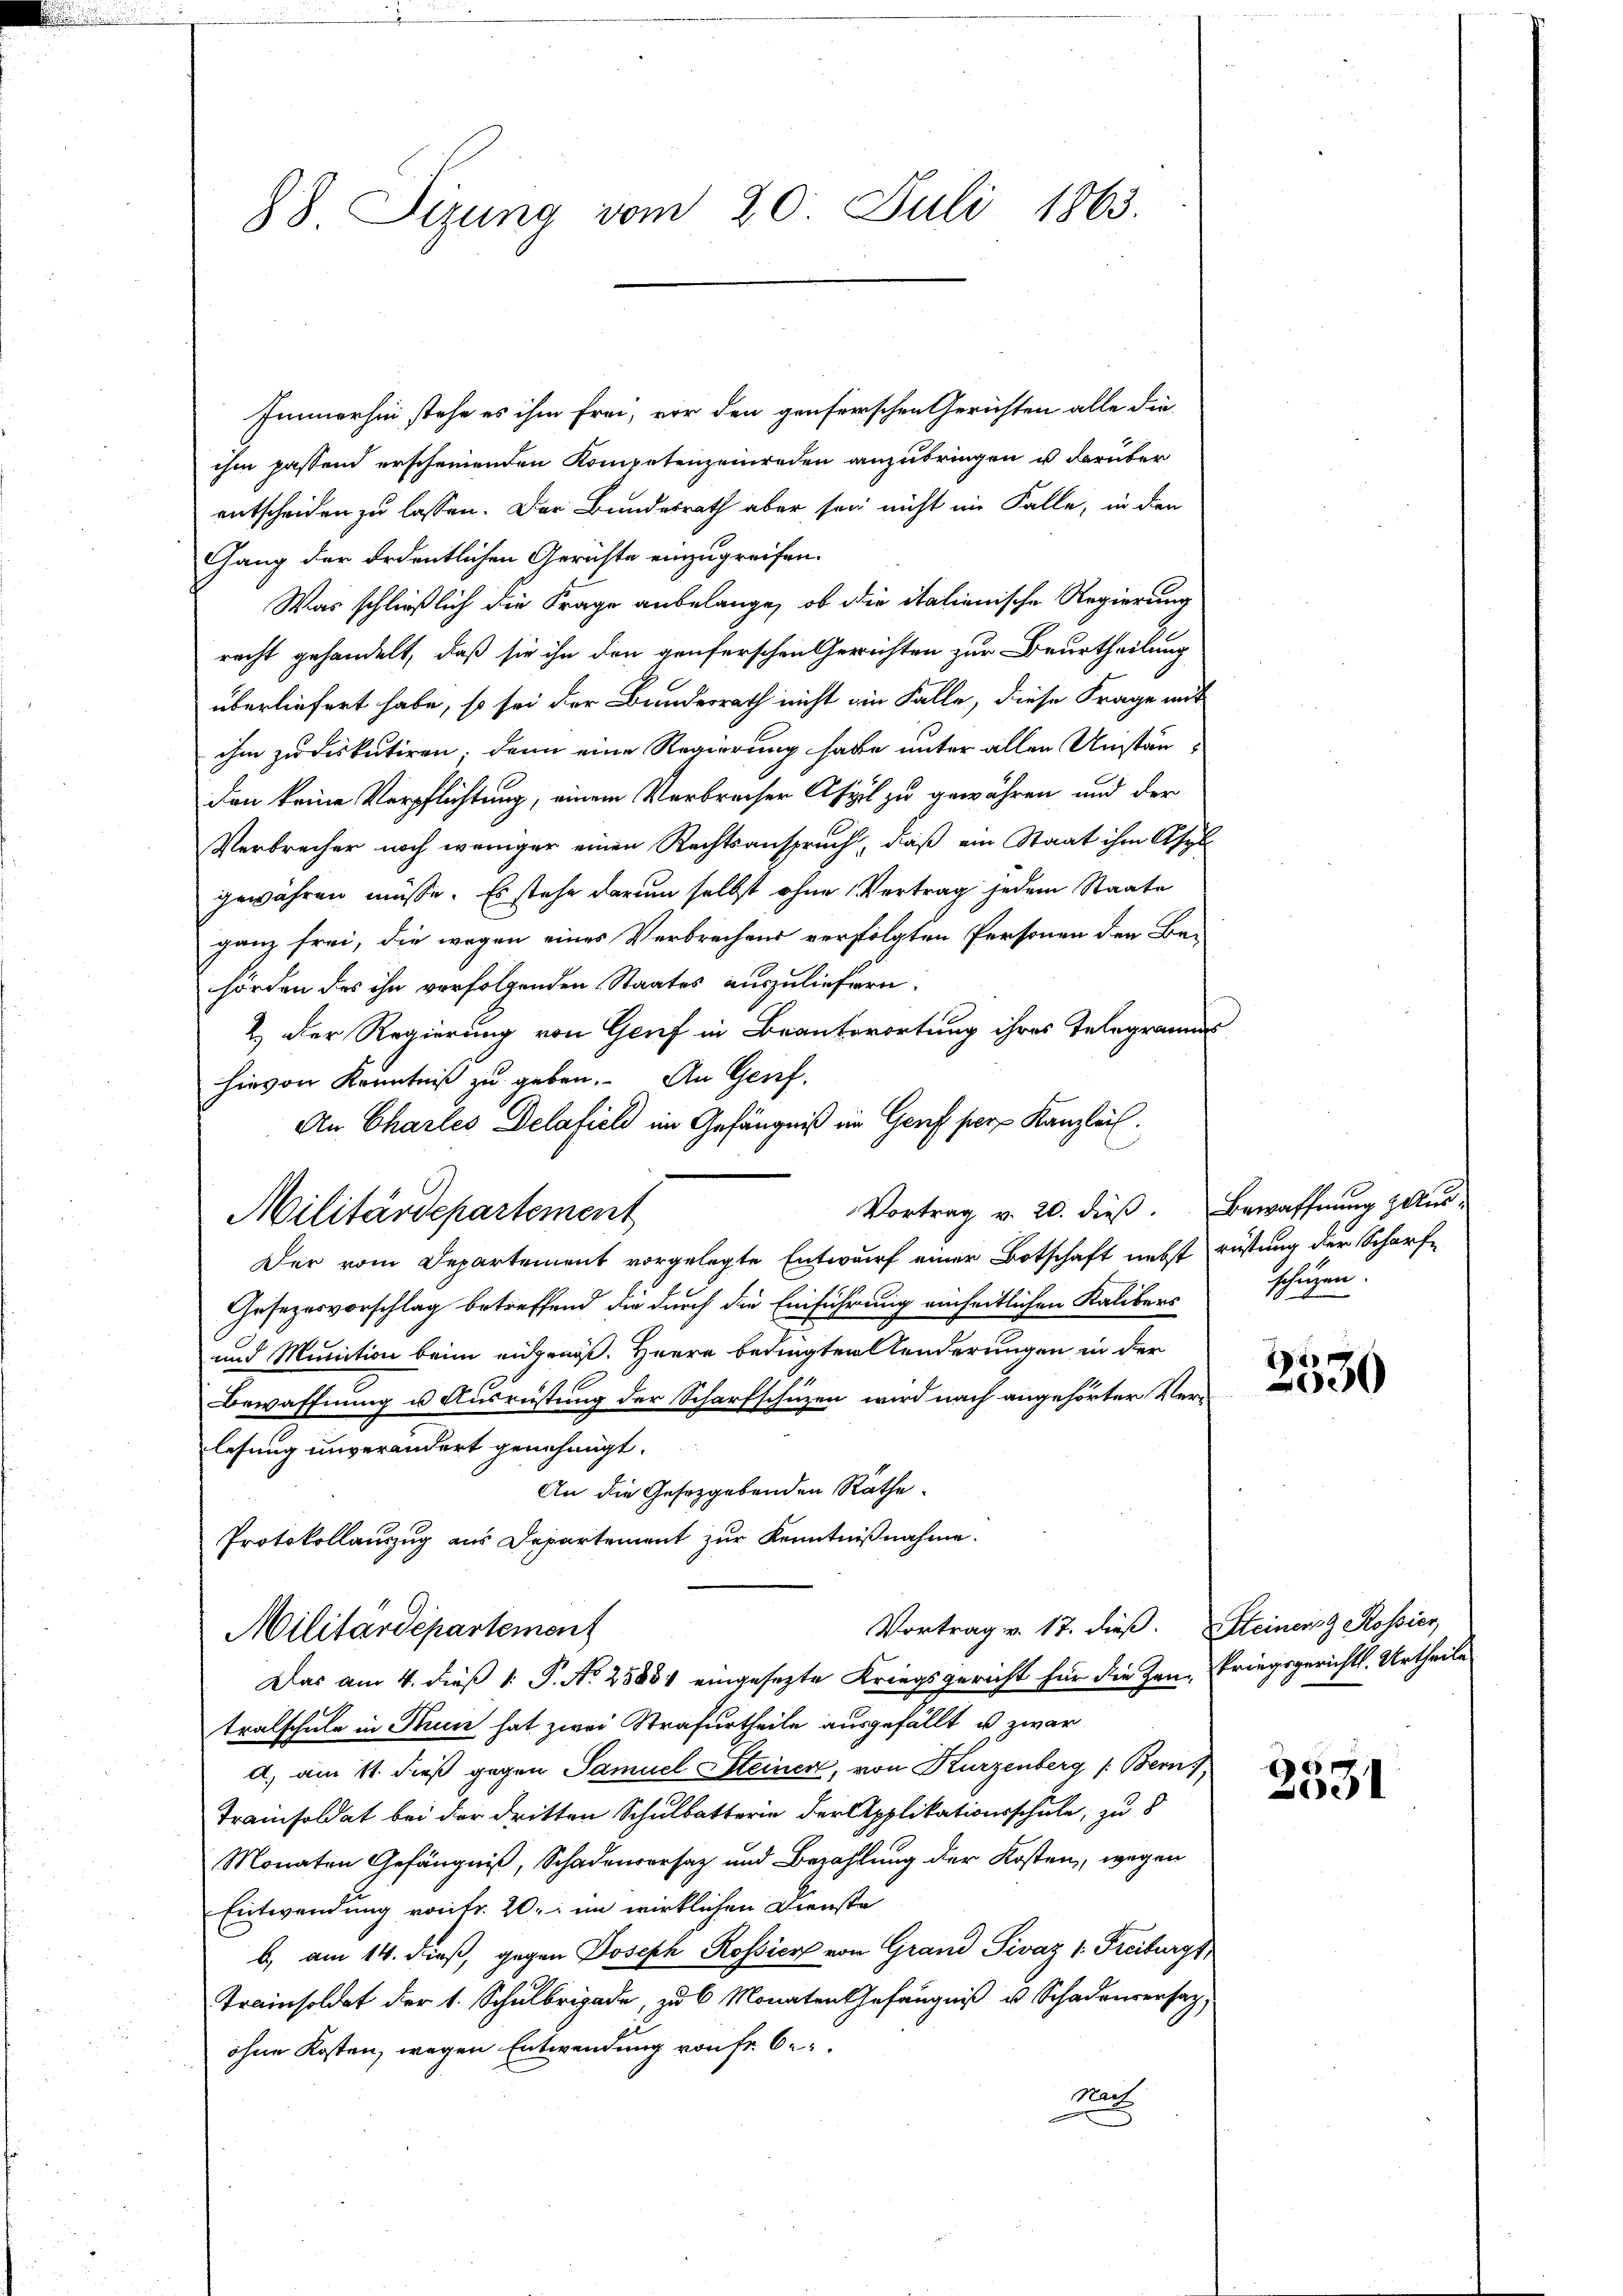
88. Sizung vom 20. Juli 1863.

Immerhin stehe es ihm frei, vor den genserschen Gerichten alle die
ihm passend erscheinenden Kompetenzeinreden anzubringen u darüber
entscheiden zu lassen. Der Bundesrath aber sei nicht im Falle, in den
Gang der ordentlichen Gerichte einzugreifen.
Was schließlich die Frage anbelange, ob die italienische Regierung
recht gehandelt, daß sie ihn den genferschen Gerichten zur Beurtheilung
überliefert habe, so sei der Bundesrath nicht ein Falle, diese Frage mit
ihm zu diskutiren; denn eine Regierung habe unter allen Umständen keine Verpflichtung, einem Verbrecher Aspil zu gewähren und der
Verbrecher noch weniger einen Rechtsanspruch, daß ein Staat ihm Asyl
gewähren müsse. Es stehe darum selbst ohne Vertrag jedem Staate
ganz frei, die wegen eines Verbrechens verfolgten Personen den Be-
hörden des ihn verfolgenden Staates auszuliefern.
2.) Der Regierung von Genf in Beantwortung ihres Telegramms
hievon Kenntniß zu geben. An Genf.
An Charles Delafiel im Gefängniß im Genf per Kanzlei.
Vortrag v. 20. dieß. Bewaffnung zur
Militärdepartement
Der vom Departement vorgelegte Entwurf einer Botschaft nebst rüstung der Scharfe
Gesezesvorschlag betreffend die durch die Einführung einheitlichen Kalibers
und Munition beim eidgenöß. Herrn Bedingten Aenderungen in der
Bewaffnung u Ausrüstung der Scharfschuzen wird nach angehörter Verlesung unverändert genehmigt.
An die Gesetzgebenden Räthe.
Protokollauszug aus Departement zur Kenntnißnahme.
Vortrag v. 17. dieß. Steiner Rossier
Militärdepartement
Das am 4. dieß 1 P. Nr. 25851 eingesezte Kriegsgericht für die Zeutralschule in Ruin hat zwei Strafurtheile ausgefällt u. zwar
d. am 11. dieß gegen Samuel Steinen, von Kurzenberg (Bern
Trainsoldat bei der dritten Schulbatterin der Applikationsschule, zu d
Monaten Gefängniß, Schadenversatz und Bezahlung der Kosten, wegen
Entwendung vortr. 20. im wirklichen Dienste
b. am 14. dieß, gegen Joseph Rossier von Grand Pivaz 1. Freiburgs
Trainsoldat der 1. Schulbrigade, zu 6 Monaten Gefängniß u. Schadenversag
ohne Kosten, wegen Entwendung von Fr. 6
Nach

schüzen.

1
000

kriegsgericht. Urtheile

0 x
0e